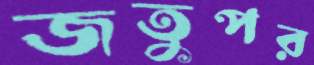
জতুপর